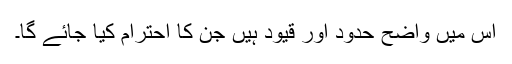
اس میں واضح حدود اور قیود ہیں جن کا احترام کیا جائے گا۔